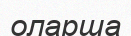
оларша